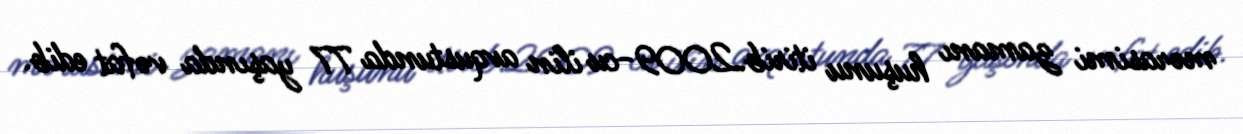
mərasimi zamanı huşunu itirib.2009-cu ilin avqustunda 77 yaşında vəfat edib.